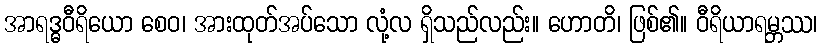
အာရဒ္ဓဝီရိယော စေဝ၊ အားထုတ်အပ်သော လုံ့လ ရှိသည်လည်း။ ဟောတိ၊ ဖြစ်၏။ ဝီရိယာရမ္ဘဿ၊